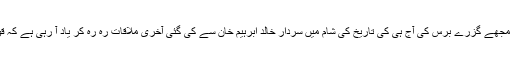
آج (۲ نومبر) جب میں یہ سطور تحریر کر رہو ہوں تو مجھے گزرے برس کی آج ہی کی تاریخ کی شام میں سردار خالد ابرہیم خان سے کی گئی آخری ملاقات رہ رہ کر یاد آ رہی ہے کہ قوم کا یہ عظیم سپوت قوم کے لئے کس قدر فکر مند تھا۔